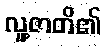
လူ့ဇာတိ၏